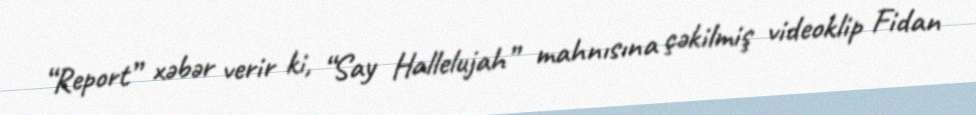
“Report” xəbər verir ki, “Say Hallelujah” mahnısına çəkilmiş videoklip Fidan